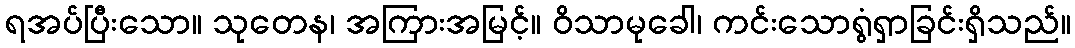
ရအပ်ပြီးသော။ သုတေန၊ အကြားအမြင့်။ ဝိသာမုခေါ၊ ကင်းသောရွံရှာခြင်းရှိသည်။